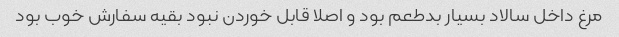
مرغ داخل سالاد بسیار بدطعم بود و اصلا قابل خوردن نبود بقیه سفارش خوب بود